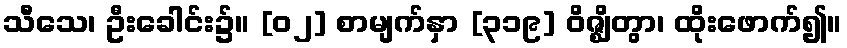
သီသေ၊ ဦးခေါင်း၌။ [၀၂] စာမျက်နှာ [၃၁၉] ဝိဇ္ဈိတွာ၊ ထိုးဖောက်၍။